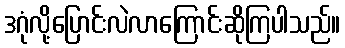
ဒဂုံလို့ပြောင်းလဲလာကြောင်းဆိုကြပါသည်။